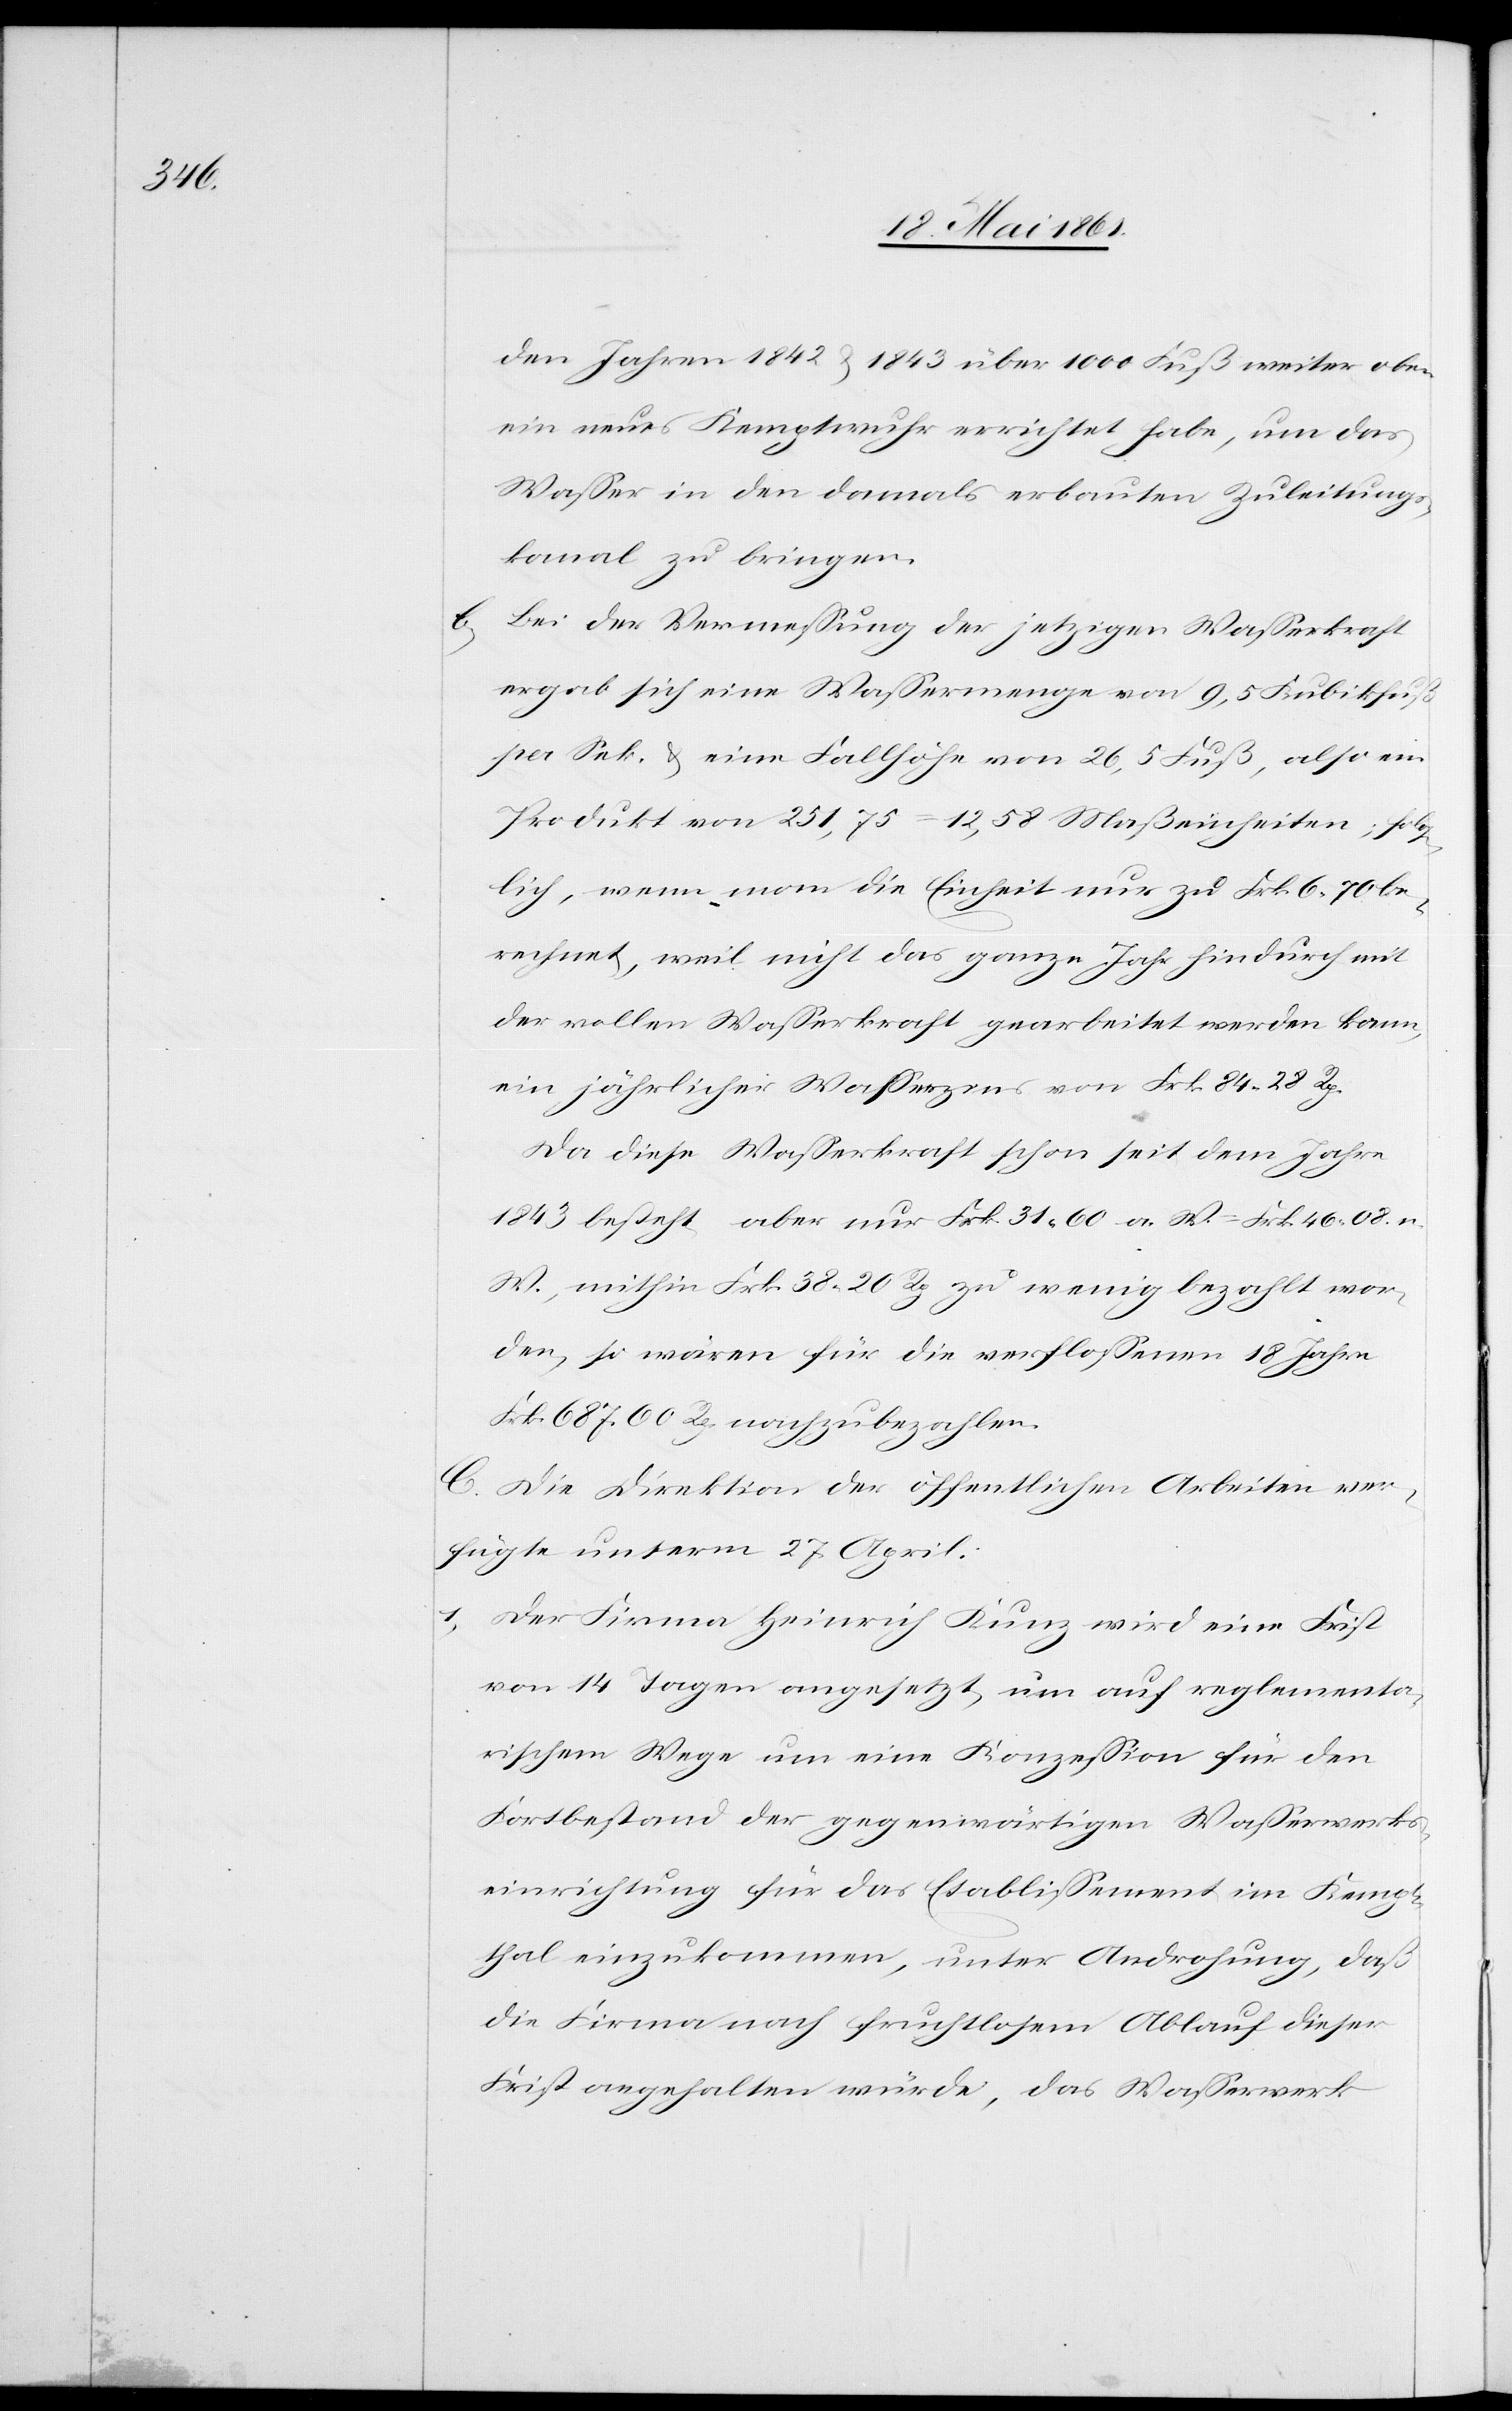
den Jahren 1842 u. 1843 über 1000 Fuß weiter oben
ein neues Kemptwuhr errichtet habe, um das
Wasser in den damals erbauten Zuleitungs¬
kanal zu bringen.
b) Bei der Vermessung der jetzigen Wasserkraft
ergab sich eine Wassermenge von 9,5 Kubikfuß
per Sek. u. eine Fallhöhe von 26,5 Fuß, also ein
Produkt von 251,75 = 12,58 Maßeinheiten; folg¬
lich, wenn man die Einheit nur zu Frk. 6.70 be¬
rechnet, weil nicht das ganze Jahr hindurch mit
der vollen Wasserkraft gearbeitet werden kann,
ein jährlicher Wasserzins von Frk. 84 28 Rp.
Da diese Wasserkraft schon seit dem Jahre
1843 besteht, aber nur Frk. 31,60 a. W. = Frk. 46,08 n.
W., mithin Frk. 38 20 Rp. zu wenig bezahlt wor¬
den, so wären für die verflossenen 18 Jahre
Frk. 687 60 Rp. nachzubezahlen.
C. Die Direktion der öffentlichen Arbeiten ver¬
fügte unterm 27. April:
1.
Der Firma Heinrich Kunz wird eine Frist
von 14 Tagen angesetzt, um auf reglementa¬
rischem Wege um eine Konzession für den
Fortbestand der gegenwärtigen Wasserwerks¬
einrichtung für das Etablissement im Kempt¬
thal einzukommen, unter Androhung, daß
die Firma nach fruchtlosem Ablauf dieser
Frist angehalten würde, das Wasserwerk